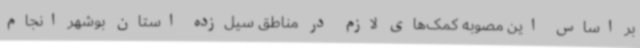
بر اساس این مصوبه کمک‌های لازم در مناطق سیل‌زده استان بوشهر انجام